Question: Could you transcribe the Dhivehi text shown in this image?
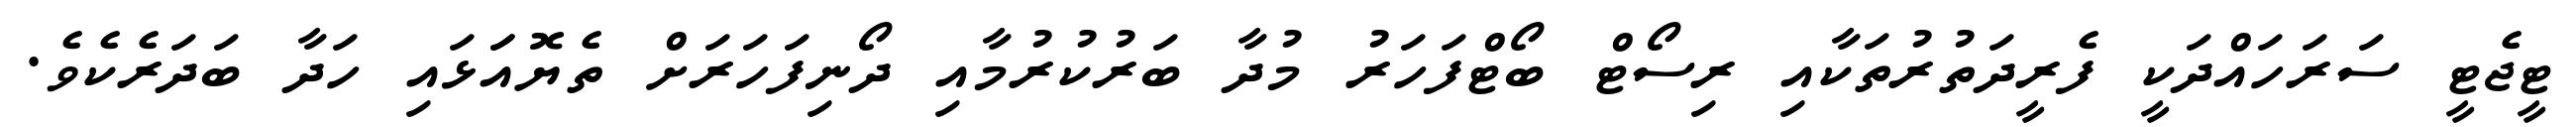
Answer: ޓީޖެޓީ ސަރަހައްދަކީ ފެރީދަތުރުތަކާއި ރިސޯޓް ބޯޓްފަހަރު މުދާ ބަރުކުރުމާއި ދޯނިފަހަރަށް ތެޔޮއަަޅައި ހަދާ ބަދަރެކެވެ.